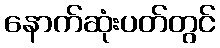
နောက်ဆုံးပတ်တွင်